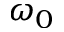
\omega _ { 0 }